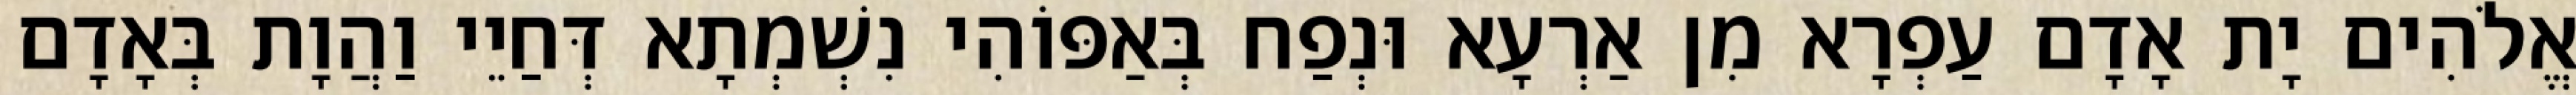
אֱלֹהִים יָת אָדָם עַפְרָא מִן אַרְעָא וּנְפַח בְּאַפּוֹהִי נִשְׁמְתָא דְּחַיֵי וַהֲוָת בְּאָדָם